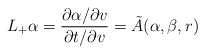
\begin{align*} L_+\alpha=\frac{\partial\alpha/\partial v}{\partial t/\partial v}=\tilde{A}(\alpha,\beta,r)\end{align*}